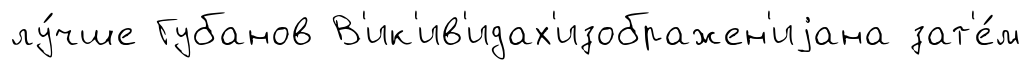
лу́чше Губанов В'ик'ив'идах'изображен'иjана зат'е́м